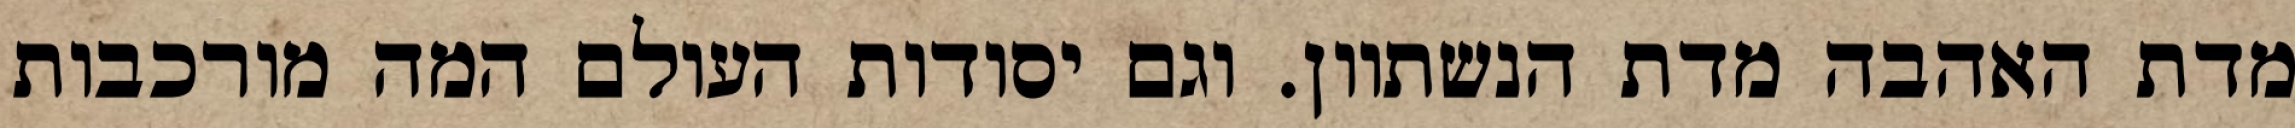
מדת האהבה מדת הנשתוון. וגם יסודות העולם המה מורכבות